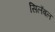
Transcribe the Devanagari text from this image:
सिलॅबल